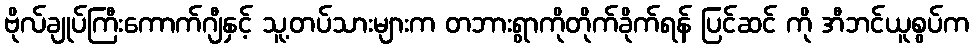
ဗိုလ်ချုပ်ကြီးကောက်ဂျီနှင့် သူ့တပ်သားများက တဘားရွာကိုတိုက်ခိုက်ရန် ပြင်ဆင် ကို အီဘင်ယူစွပ်က